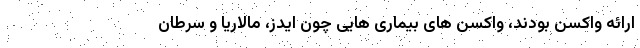
ارائه واکسن بودند، واکسن های بیماری هایی چون ایدز، مالاریا و سرطان